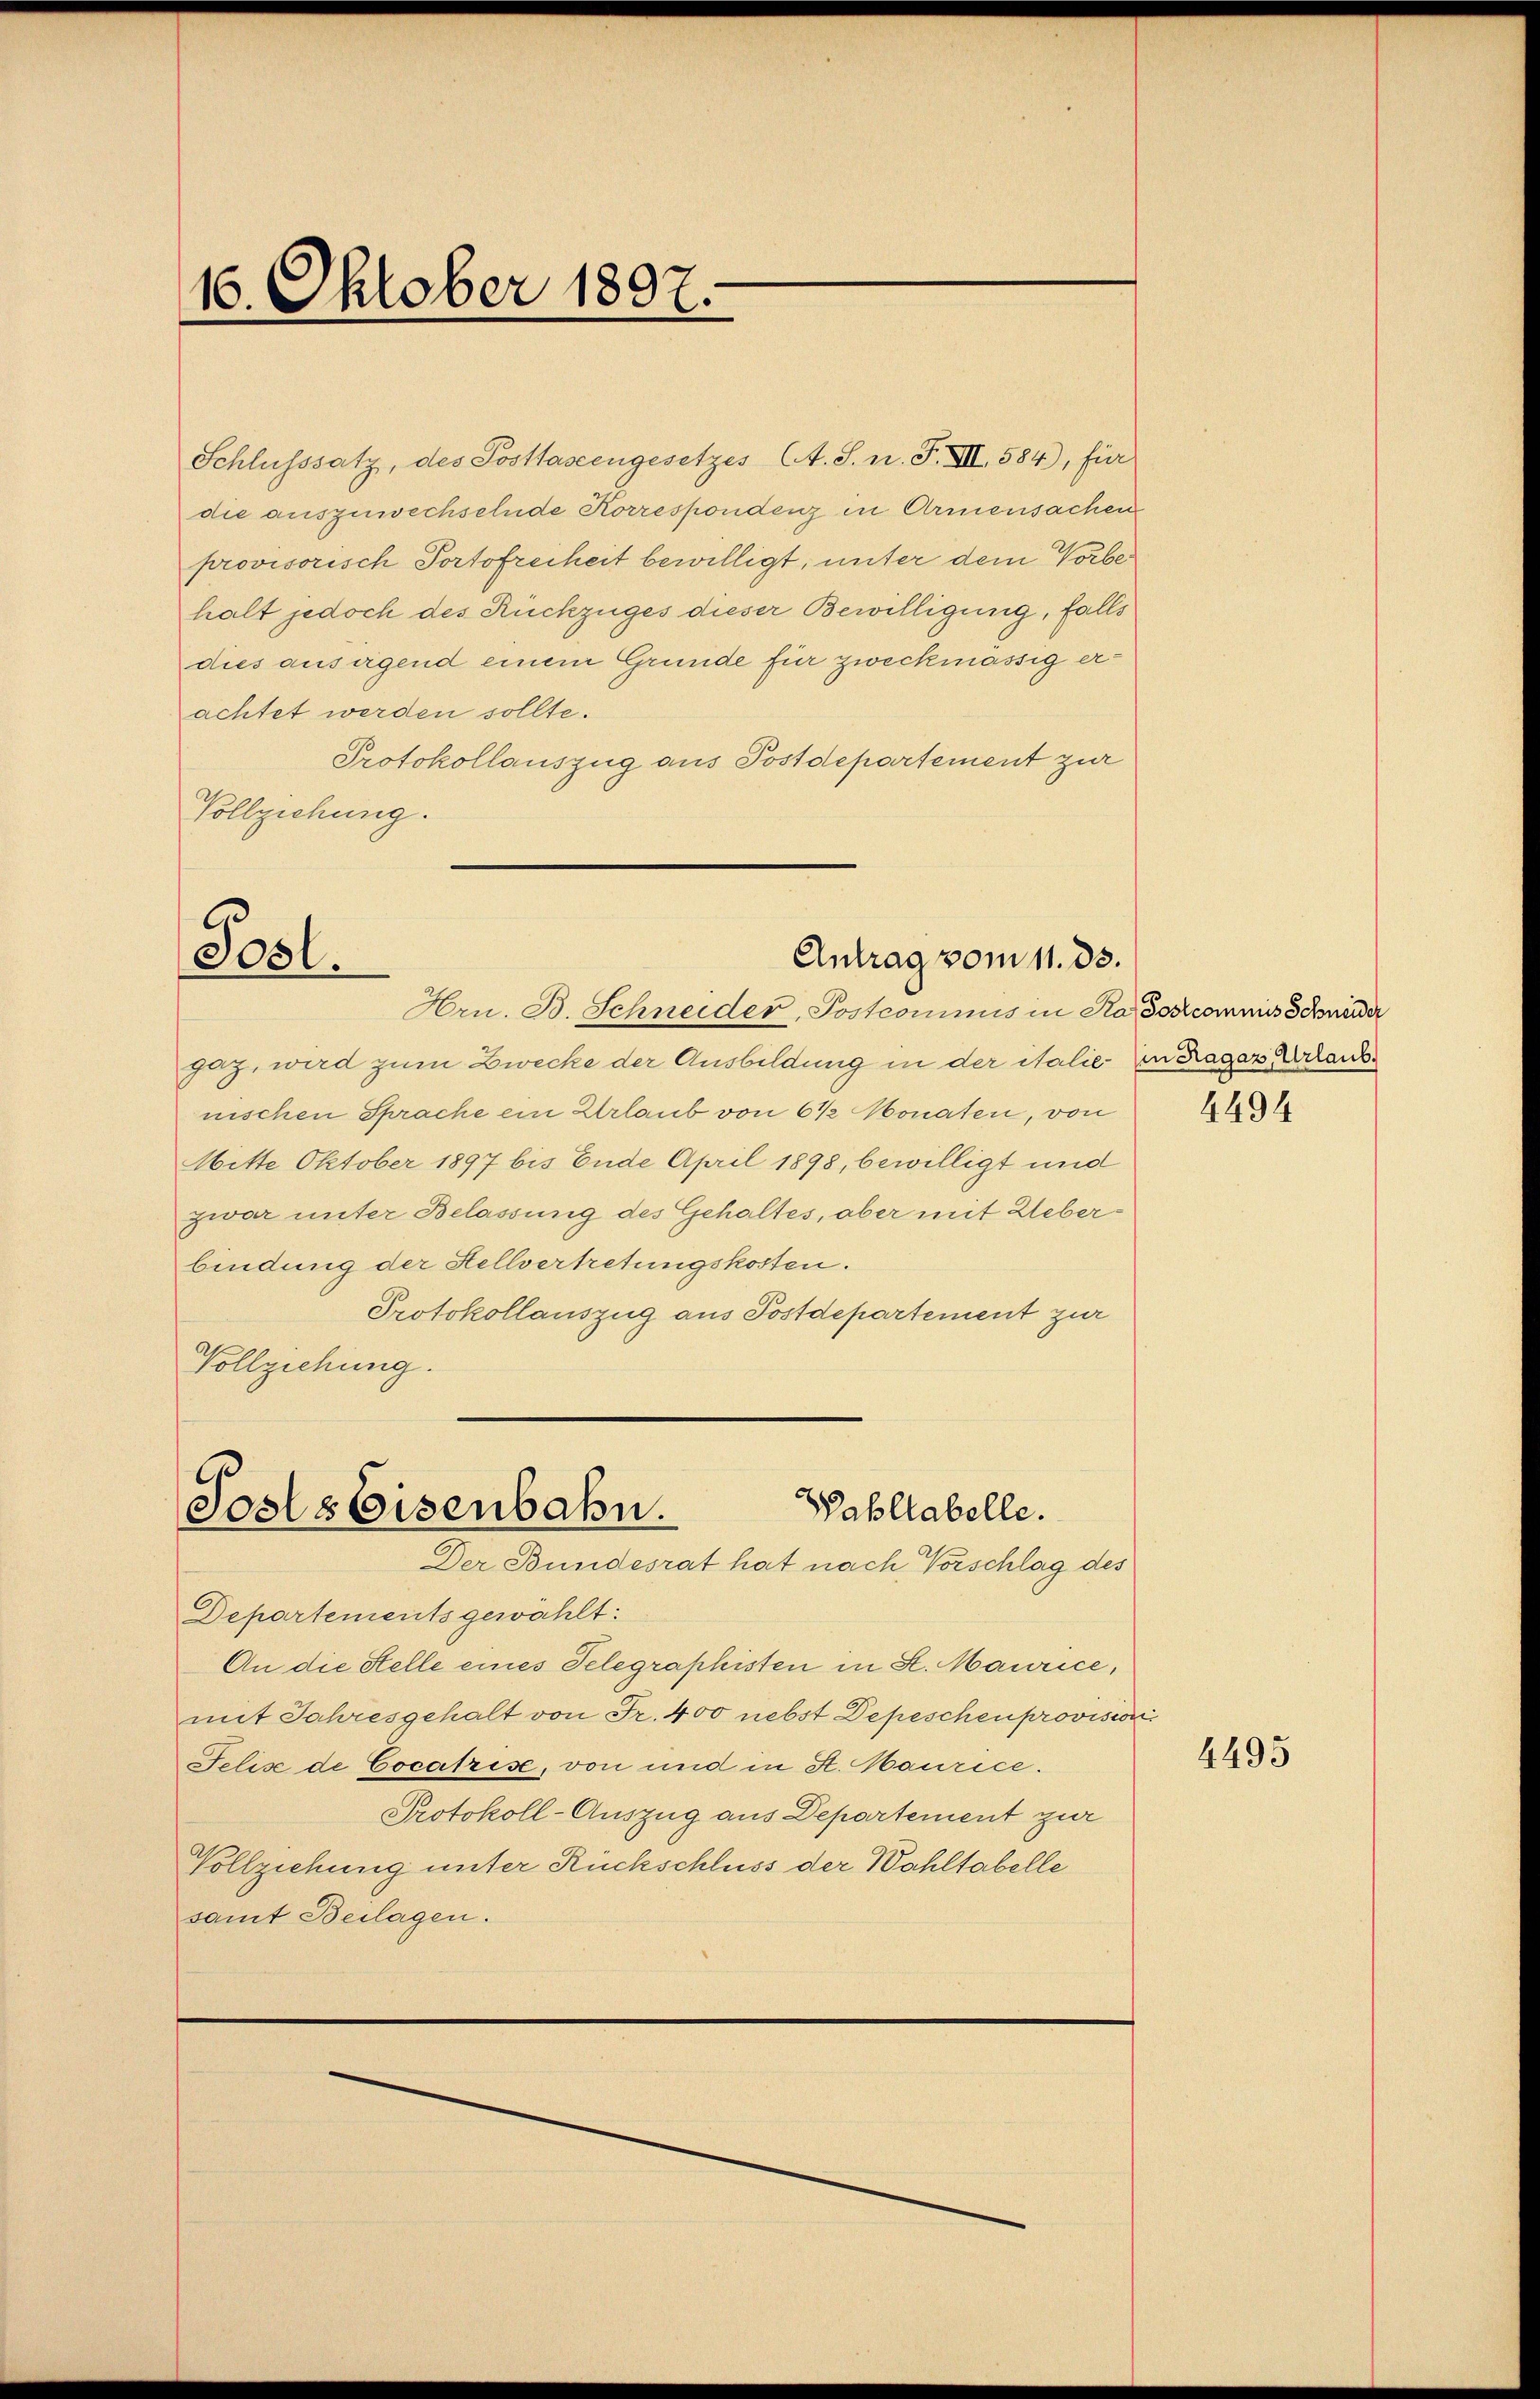
16. Oktober 1807.

achtet werden sollte.
Protokollauszug aus Postdepartement zur
Vollziehung.

Antrag vom 11. 33.
Posl.
Hrn. B. Schneider, Postcommis in Ka Joscommis Schneider

gaz, wird zum Zwecke der Ausbildung in der italie in Ragaz Urlaubnischen Sprache ein Urlaub von 6 ½ Monaten, von
Mitte Oktober 1897 bis Ende April 1898, bewilligt und
zwar unter Belassung des Gehaltes, aber mit Ueberbindung der Stellvertretungskosten.
Protokollauszug aus Postdepartement zur
Vollziehung.

Bahllabelle.
Sosts Eisenbahn.
Der Bundesrat hat nach Vorschlag des

Departements gewählt:
An die Stelle eines Telegraphisten in St. Maurice,
mit Jahresgehalt von Fr. 400 nebst Depeschen provision
Felis de Cocatrise, von und in St. Maurice.
Protokoll-Auszug aus Departement zur
Vollziehung unter Rückschluss der Wohltabelle
samt Beilagen.

Schlusssatz, des Posttascengesetzes A. S. n. F. XII, 584), für
die auszuwechselnde Korrespondenz in Armensachen
provisorisch Portofreiheit bewilligt, unter dem Vorbehalt jedoch des Rückzuges dieser Bewilligung, falls
dies ausagend einem Grunde für zweckmässig er¬

4494

4495